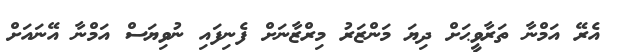
އެރޭ އަމްނާ ތަރާވީޙަށް ދިޔަ މަންޒަރު މިރްޒާނަށް ފެނިފައި ނުވިޔަސް އަމްނާ އޭނައަށް